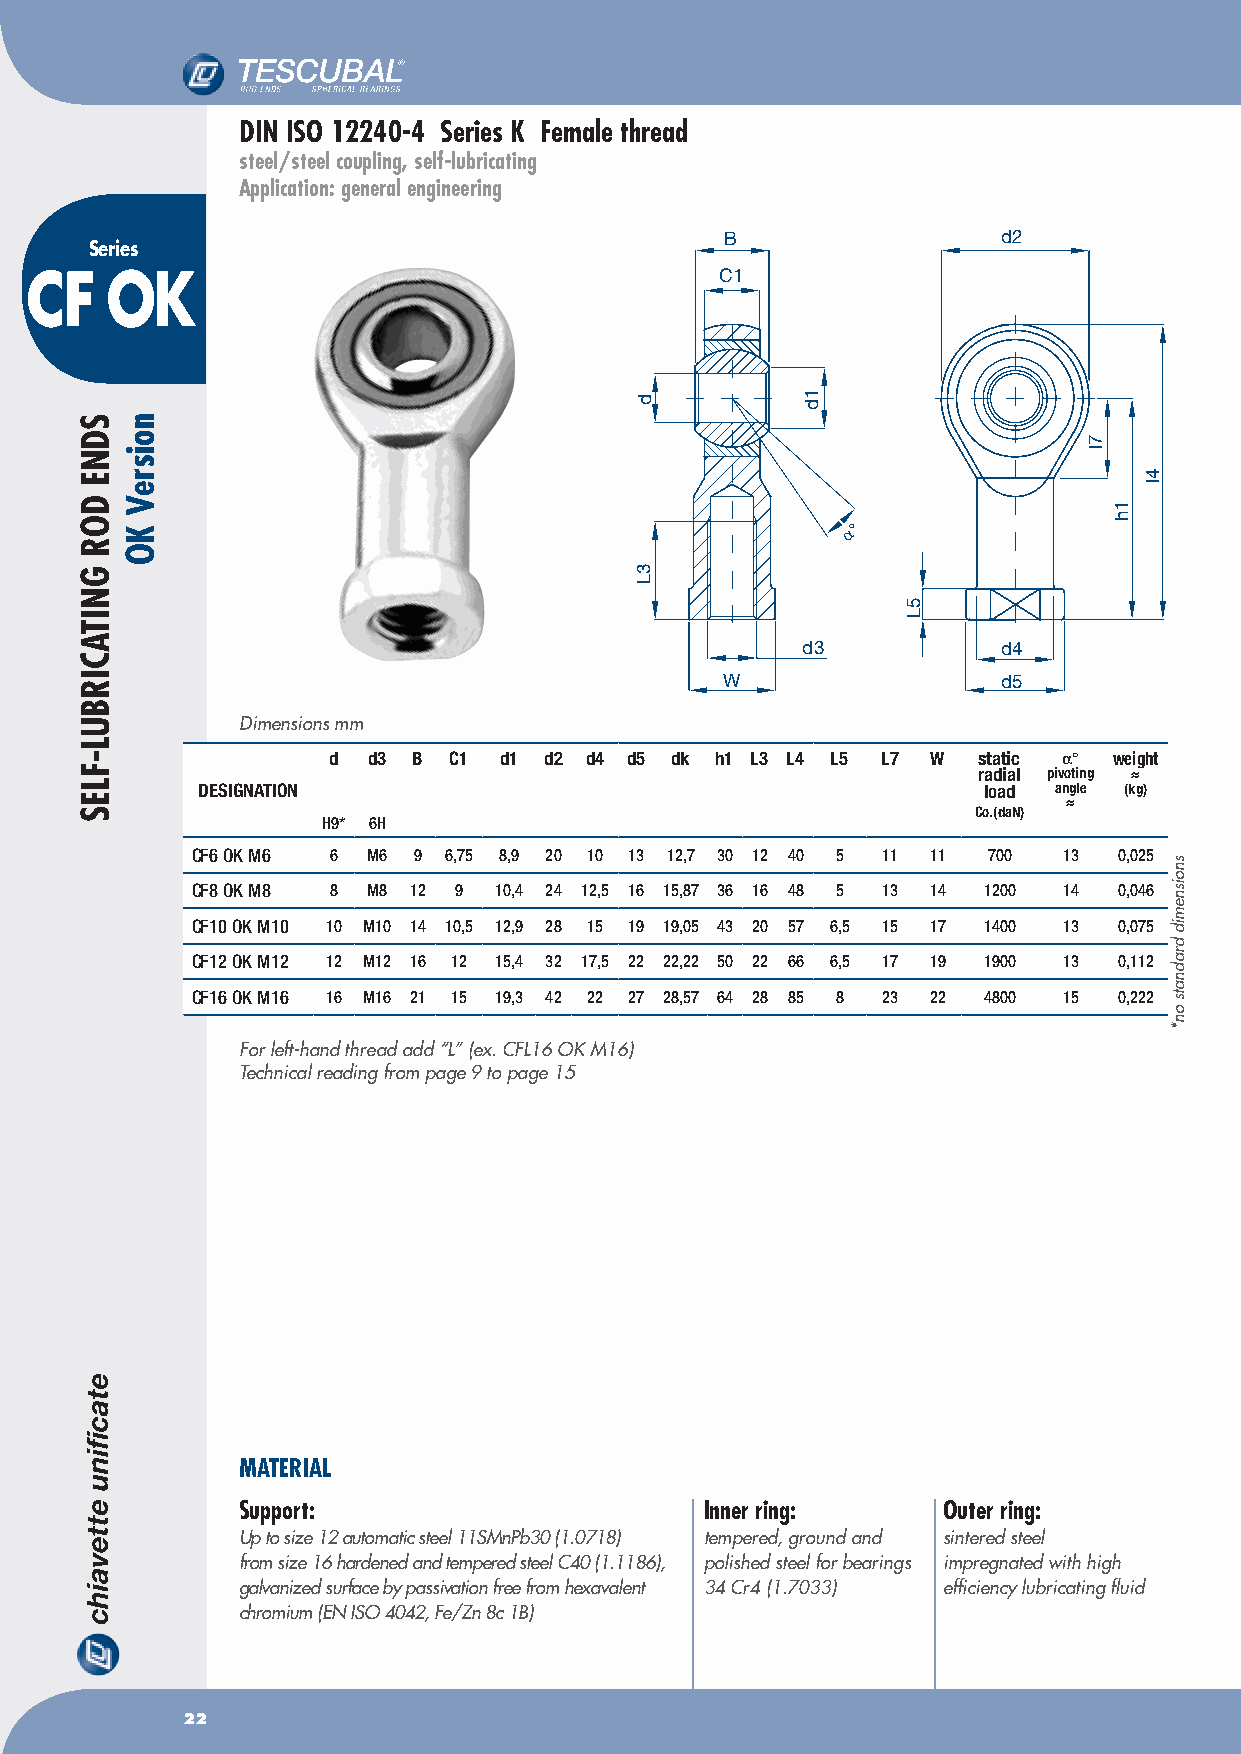
DIN ISO 12240-4 Series K Female thread
 steel/steel coupling, self-lubricating
 Application: general engineering
 B                 d2
 Series
 CF   OK                                       C1
 α°
 d3           d4
 W                 d5
 Dimensions mm
 d d3 B  C1 d1 d2 d4 d5 dk h1 L3 L4 L5 L7 W static α° weight
 radial pivoting ≈
 DESIGNATION                                         load angle (kg)
 ≈
 Co.(daN)
 H9* 6H
 CF6 OK M6 6 M6 9 6,75 8,9 20 10 13 12,7 30 12 40 5 11 11 700 13 0,025
 CF8 OK M8 8 M8 12 9 10,4 24 12,5 16 15,87 36 16 48 5 13 14 1200 14 0,046
 CF10 OK M10 10 M10 14 10,5 12,9 28 15 19 19,05 43 20 57 6,5 15 17 1400 13 0,075
 CF12 OK M12 12 M12 16 12 15,4 32 17,5 22 22,22 50 22 66 6,5 17 19 1900 13 0,112
 CF16 OK M16 16 M16 21 15 19,3 42 22 27 28,57 64 28 85 8 23 22 4800 15 0,222
 For left-hand thread add “L” (ex. CFL16 OK M16)
 Technical reading from page 9 to page 15
 MATERIAL
 Support:                       Inner ring:    Outer ring:
 Up to size 12 automatic steel 11SMnPb30 (1.0718) tempered, ground and sintered steel
 from size 16 hardened and tempered steel C40 (1.1186), polished steel for bearings impregnated with high
 galvanized surface by passivation free from hexavalent 34 Cr4 (1.7033) efficiency lubricating fluid
 chromium (EN ISO 4042, Fe/Zn 8c 1B)
 22
 SDNE
 DOR
 GNITACIRBUL-FLES
 noisreV
 KO
 d
 3L
 1d
 5L
 7l
 1h
 4l
 snoisnemid
 dradnats
 on*